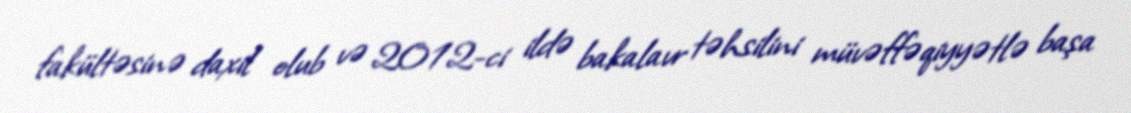
fakültəsinə daxil olub və 2012-ci ildə bakalavr təhsilini müvəffəqiyyətlə başa